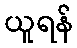
ယူရန်